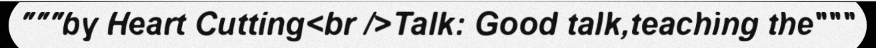
"""by Heart Cutting<br />Talk: Good talk,teaching the"""